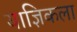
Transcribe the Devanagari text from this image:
याज्ञिकला